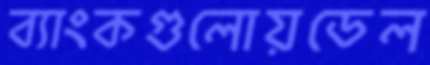
ব্যাংকগুলোয়ডেল